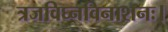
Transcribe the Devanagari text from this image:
त्रजविघ्नविनाशनः।